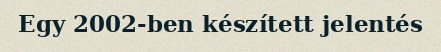
Egy 2002-ben készített jelentés